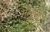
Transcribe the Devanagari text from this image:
भेलुपुर